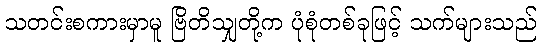
သတင်းစကားမှာမူ ဗြိတိသျှတို့က ပုံစုံတစ်ခုဖြင့် သက်များသည်